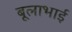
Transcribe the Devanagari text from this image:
बूलाभाई